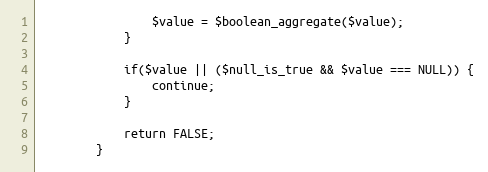
Language: PHP
                $value = $boolean_aggregate($value);
            }

            if($value || ($null_is_true && $value === NULL)) {
                continue;
            }

            return FALSE;
        }